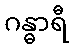
ဂန္ဓာရီ